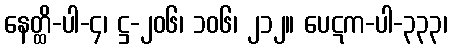
နေတ္ထိ-ပါ-၄၊ ဋ္ဌ-၂၀၆၊ ၁၀၆၊ ၂၁၂။ ပေဋက-ပါ-၃၃၃၊